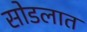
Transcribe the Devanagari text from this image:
सोडलात